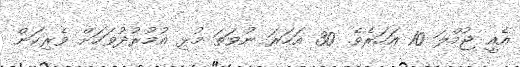
އެއީ ޖުމްލަ 10 އަހަރެވެ. 30 އަހަރަ ނުވަތަ މުޅި އުމުރުދުވަހަށް ވެރިކަން